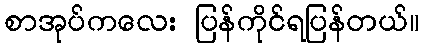
စာအုပ်ကလေး ပြန်ကိုင်ရပြန်တယ်။